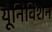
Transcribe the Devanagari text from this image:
यूनिविशन